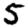
Digit: 5